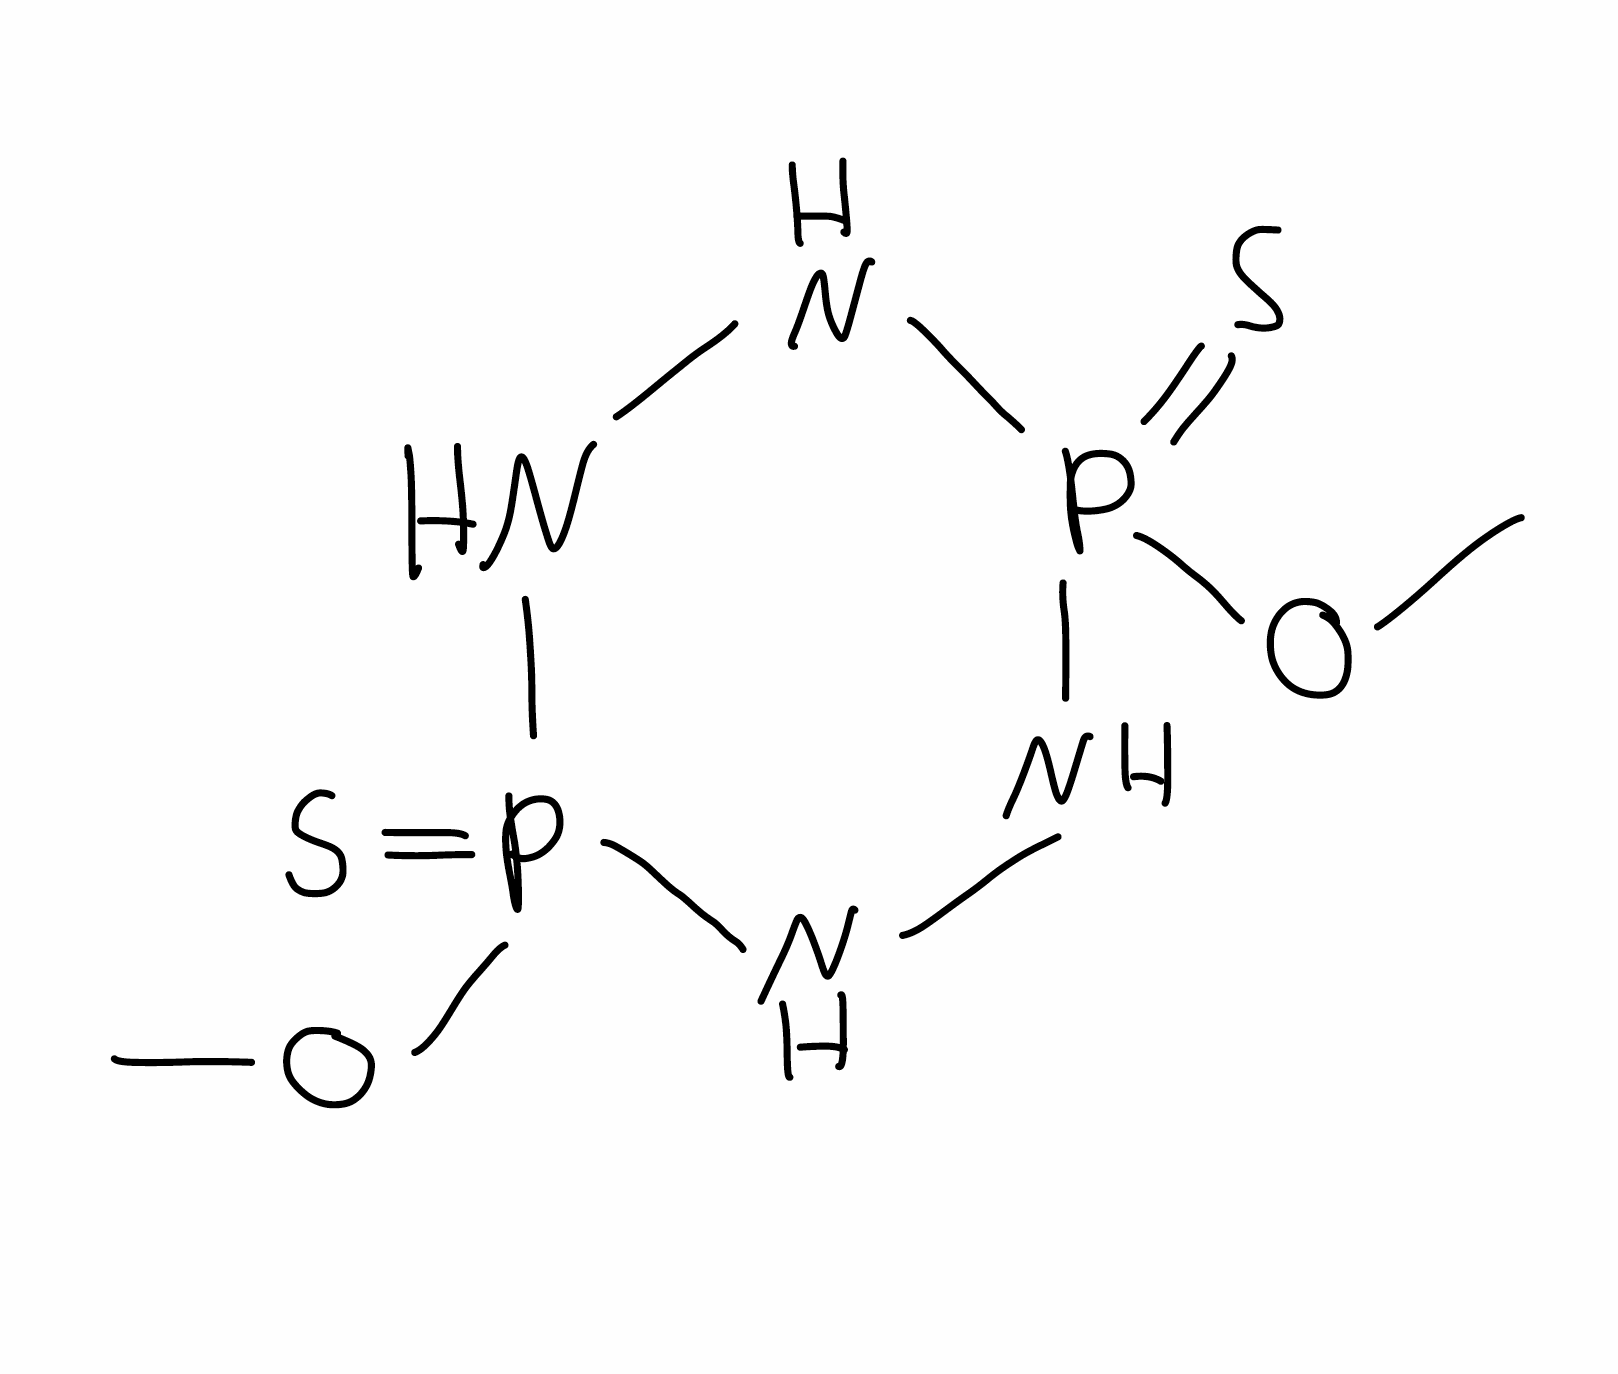
Simplified molecular-input line-entry system (SMILES) notation of the given molecule:
COP1(=S)NNP(=S)(NN1)OC